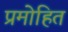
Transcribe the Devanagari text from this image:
प्रमोहित